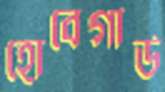
হোবেগার্ড